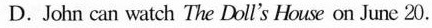
D.John can watch The Doll's Houe on June 20.